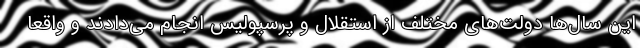
این سال‌ها دولت‌های مختلف از استقلال و پرسپولیس انجام می‌دادند و واقعا